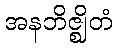
အနဘိဇ္ဈိတံ